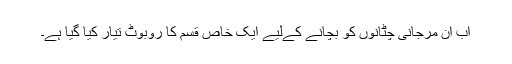
اب ان مرجانی چٹانوں کو بچانے کےلیے ایک خاص قسم کا روبوٹ تیار کیا گیا ہے۔